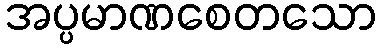
အပ္ပမာဏစေတသော